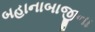
બહાનાબાજીના